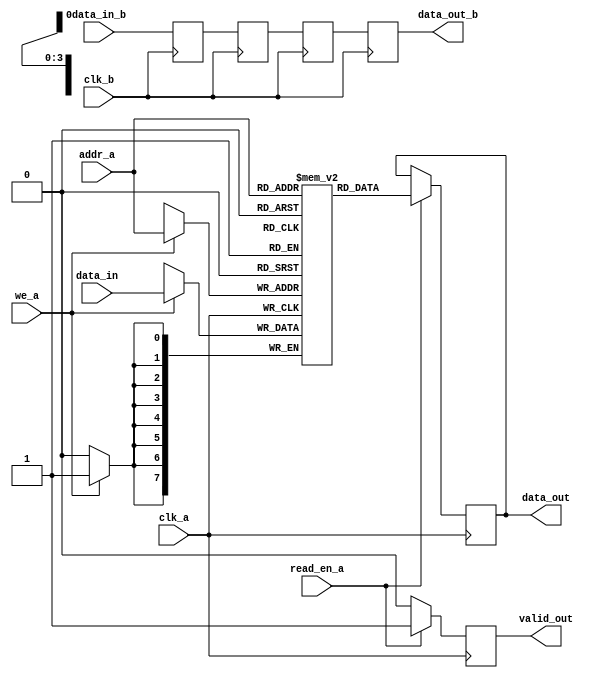
module MemoryBlock #(
    parameter DATA_WIDTH = 8,
    parameter ADDR_WIDTH = 4,
    parameter DEPTH = 1 << ADDR_WIDTH,
    parameter DELAY_CYCLES = 3 // Number of cycles for safe delay line
)(
    input wire clk_a,                // Clock for memory access
    input wire clk_b,                // Clock for synchronization
    input wire [ADDR_WIDTH-1:0] addr_a, // Address for read/write
    input wire [DATA_WIDTH-1:0] data_in, // Data input for write
    input wire we_a,                 // Write enable
    input wire read_en_a,            // Read enable
    output reg [DATA_WIDTH-1:0] data_out, // Data output
    output reg valid_out,            // Valid output signal
    input wire [DATA_WIDTH-1:0] data_in_b, // Data input from another domain
    output reg [DATA_WIDTH-1:0] data_out_b // Data output to another domain
);

    // Memory array
    reg [DATA_WIDTH-1:0] memory [0:DEPTH-1];

    // Safe delay line (using flip-flops)
    reg [DATA_WIDTH-1:0] delay_line [0:DELAY_CYCLES-1];

    // Write operation
    always @(posedge clk_a) begin
        if (we_a) begin
            memory[addr_a] <= data_in;
        end
    end

    // Read operation
    always @(posedge clk_a) begin
        if (read_en_a) begin
            data_out <= memory[addr_a];
            valid_out <= 1'b1; // Indicate valid output
        end else begin
            valid_out <= 1'b0; // Indicate invalid output
        end
    end

    // Synchronization logic with safe delay line
    integer i;
    always @(posedge clk_b) begin
        // Shift data through the delay line
        delay_line[0] <= data_in_b; // Input from another clock domain
        for (i = 1; i < DELAY_CYCLES; i = i + 1) begin
            delay_line[i] <= delay_line[i-1];
        end
        // Output the last stage of the delay line
        data_out_b <= delay_line[DELAY_CYCLES-1];
    end

    // Error detection (optional)
    // Implement a simple parity check as an example
    reg parity_bit;
    always @(posedge clk_a) begin
        parity_bit <= ^data_out; // Calculate parity bit for outgoing data
    end

endmodule